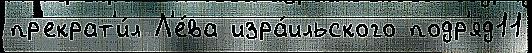
пр'екрат'и́л Л'е́ва изра́ильского подр'яд11